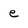
Character: e